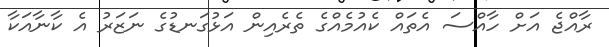
ރާއްޖެ އަށް ހާއްސަ އެތައް ކެއުމެއްގެ ތެރެއިން އަޅުގަނޑުގެ ނަޒަރު އެ ކާނާއަކާ